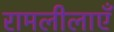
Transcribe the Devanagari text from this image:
रामलीलाएँ